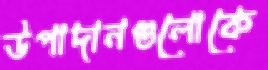
উপাদানগুলোকে